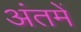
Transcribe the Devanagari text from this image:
अंतमें